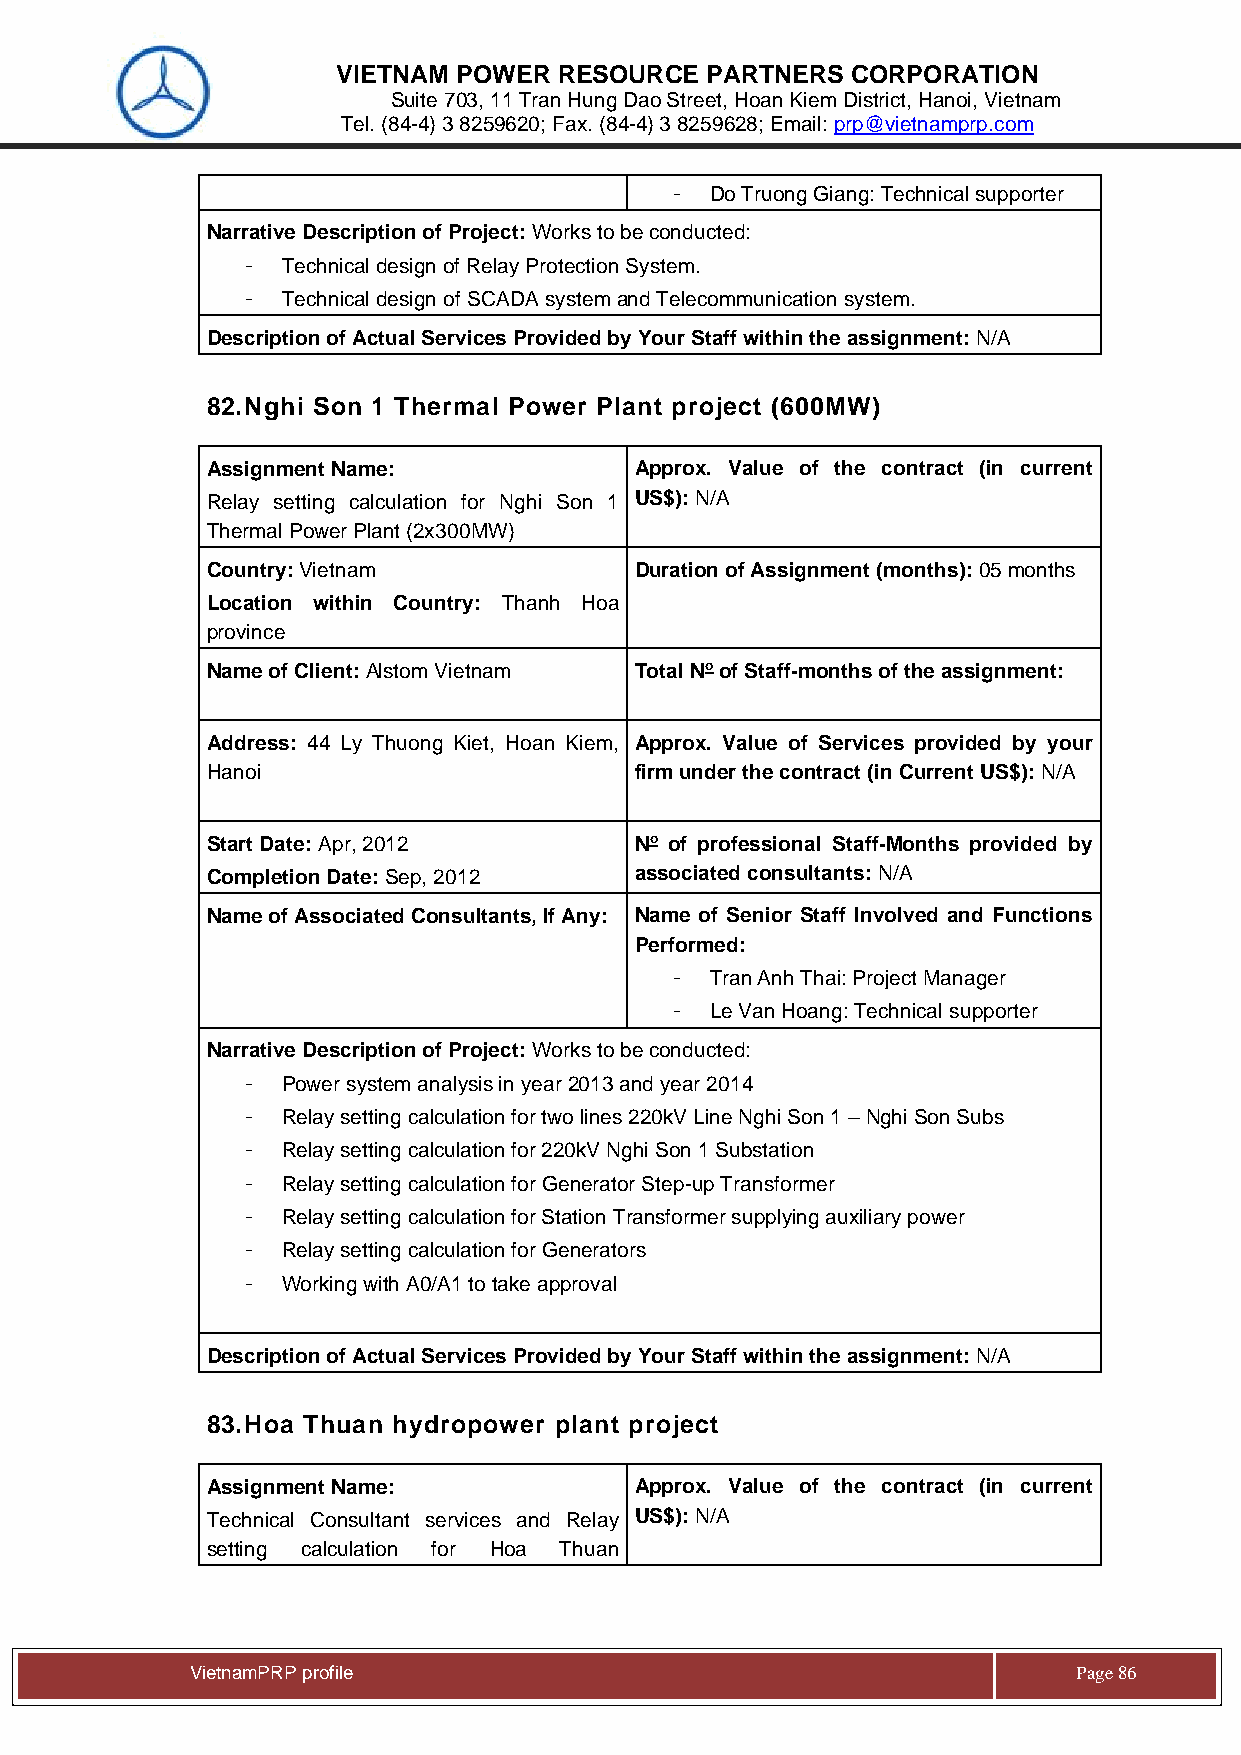
VIETNAM POWER  RESOURCE  PARTNERS CORPORATION
 Suite 703, 11 Tran Hung Dao Street, Hoan Kiem District, Hanoi, Vietnam
 Tel. (84-4) 3 8259620; Fax. (84-4) 3 8259628; Email: prp@vietnamprp.com
 -  Do Truong Giang: Technical supporter
 Narrative Description of Project: Works to be conducted:
 -  Technical design of Relay Protection System.
 -  Technical design of SCADA system and Telecommunication system.
 Description of Actual Services Provided by Your Staff within the assignment: N/A
 82. Nghi Son 1 Thermal Power Plant project (600MW)
 Assignment Name:            Approx. Value of the contract (in current
 Relay setting calculation for Nghi Son 1 US$): N/A
 Thermal Power Plant (2x300MW)
 Country: Vietnam            Duration of Assignment (months): 05 months
 Location within Country: Thanh Hoa
 province
 Name of Client: Alstom Vietnam Total No of Staff-months of the assignment:
 Address: 44 Ly Thuong Kiet, Hoan Kiem, Approx. Value of Services provided by your
 Hanoi                       firm under the contract (in Current US$): N/A
 Start Date: Apr, 2012       No of professional Staff-Months provided by
 Completion Date: Sep, 2012  associated consultants: N/A
 Name of Associated Consultants, If Any: Name of Senior Staff Involved and Functions
 Performed:
 -  Tran Anh Thai: Project Manager
 -  Le Van Hoang: Technical supporter
 Narrative Description of Project: Works to be conducted:
 -  Power system analysis in year 2013 and year 2014
 -  Relay setting calculation for two lines 220kV Line Nghi Son 1 – Nghi Son Subs
 -  Relay setting calculation for 220kV Nghi Son 1 Substation
 -  Relay setting calculation for Generator Step-up Transformer
 -  Relay setting calculation for Station Transformer supplying auxiliary power
 -  Relay setting calculation for Generators
 -  Working with A0/A1 to take approval
 Description of Actual Services Provided by Your Staff within the assignment: N/A
 83. Hoa Thuan hydropower plant project
 Assignment Name:            Approx. Value of the contract (in current
 Technical Consultant services and Relay US$): N/A
 setting calculation for Hoa Thuan
 Vie tnamPRP profile                                       Page 86